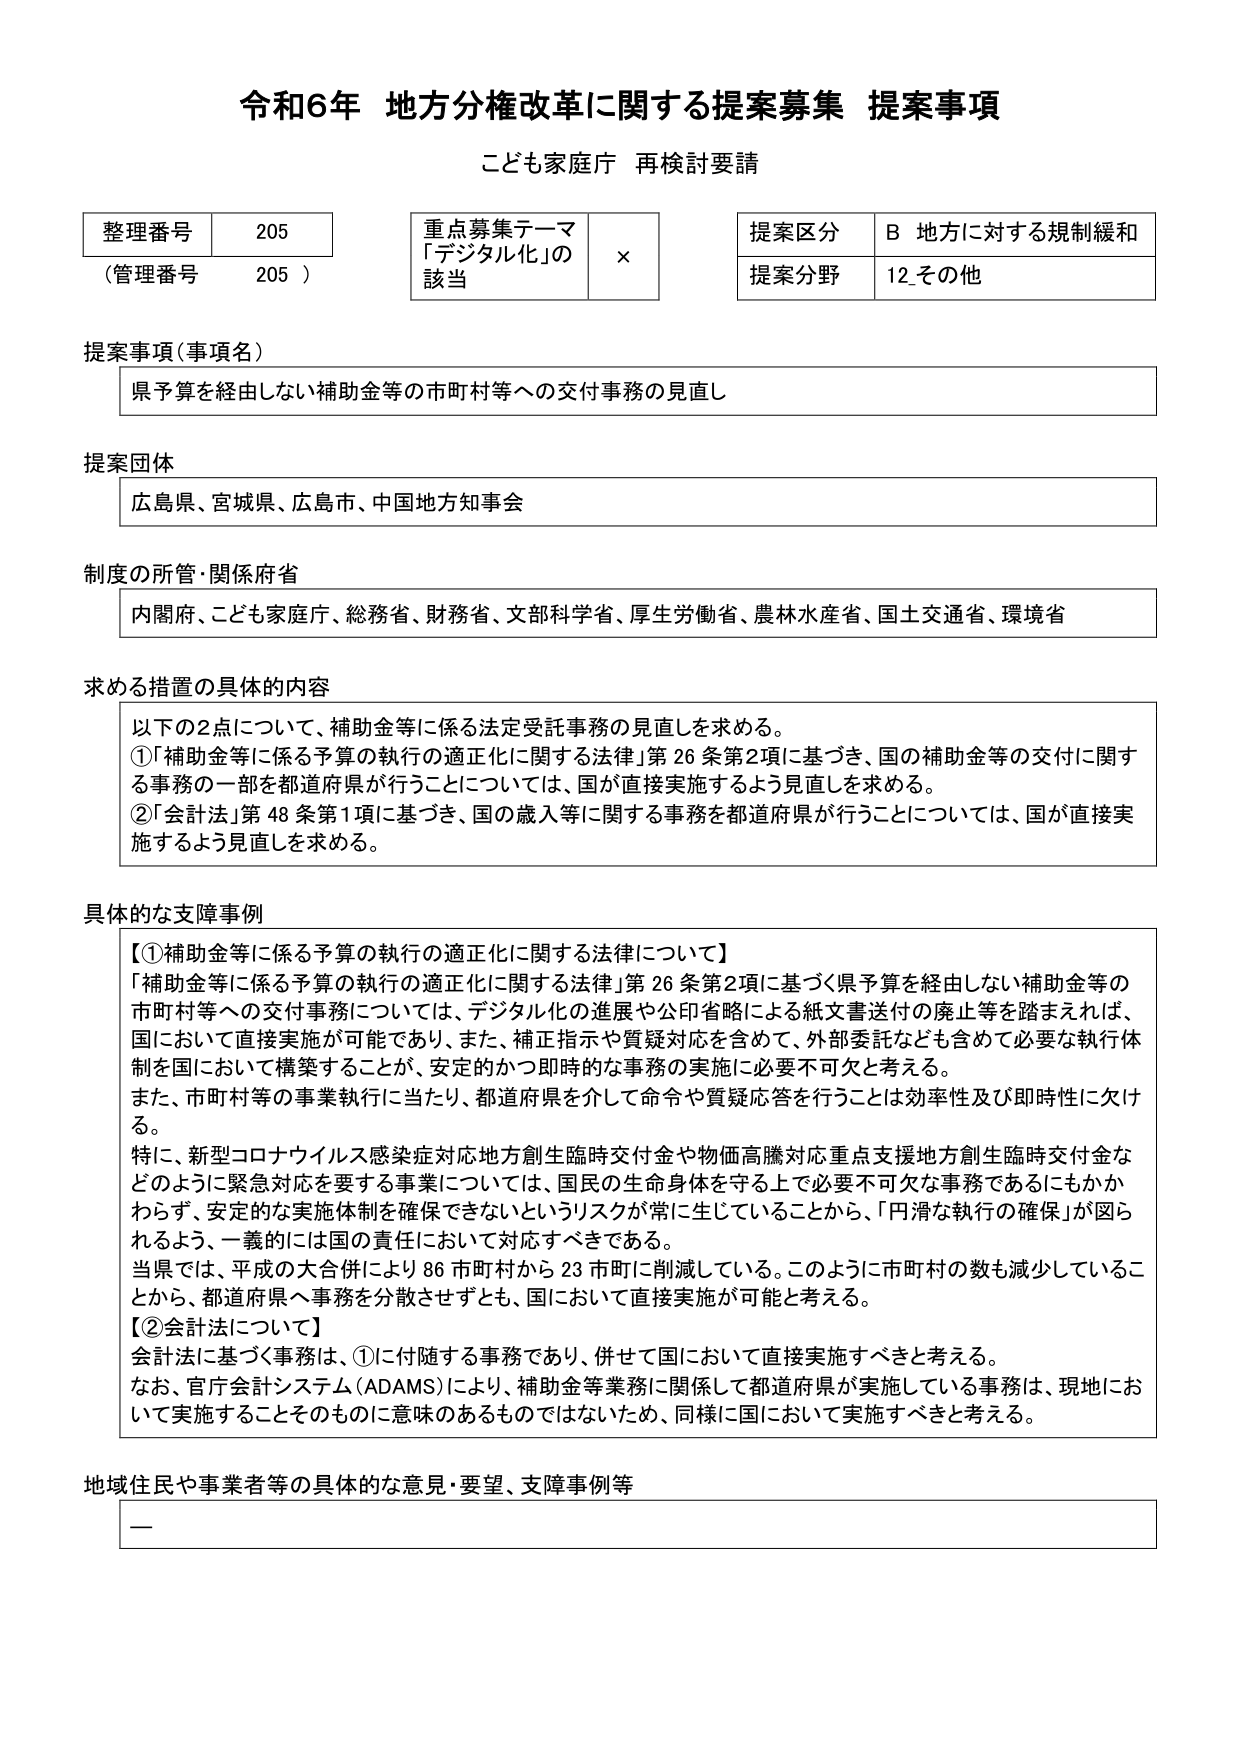
令和6年 地方分権改革に関する提案募集 提案事項
こども家庭庁 再検討要請

整理番号 205
（管理番号 205）

重点募集テーマ
「デジタル化」の
該当 ×

提案区分 B 地方に対する規制緩和
提案分野 12 その他

提案事項（事項名）
県予算を経由しない補助金等の市町村等への交付事務の見直し

提案団体
広島県、宮城県、広島市、中国地方知事会

制度の所管・関係府省
内閣府、こども家庭庁、総務省、財務省、文部科学省、厚生労働省、農林水産省、国土交通省、環境省

求める措置の具体的内容
以下の2点について、補助金等に係る法定受託事務の見直しを求める。
①「補助金等に係る予算の執行の適正化に関する法律」第26条第2項に基づき、国の補助金等の交付に関する事務の一部を都道府県が行うことについては、国が直接実施するよう見直しを求める。
②「会計法」第48条第1項に基づき、国の歳入等に関する事務を都道府県が行うことについては、国が直接実施するよう見直しを求める。

具体的な支障事例
【①補助金等に係る予算の執行の適正化に関する法律について】
「補助金等に係る予算の執行の適正化に関する法律」第26条第2項に基づく県予算を経由しない補助金等の市町村等への交付事務については、デジタル化の進展や公印省略による紙文書送付の廃止等を踏まえれば、国において直接実施が可能であり、また、補正指示や質疑対応を含めて、外部委託なども含めて必要な執行体制を国において構築することが、安定的かつ即時的な事務の実施に必要不可欠と考える。
また、市町村等の事業執行に当たり、都道府県を介して命令や質疑応答を行うことは効率性及び即時性に欠ける。
特に、新型コロナウイルス感染症対応地方創生臨時交付金や物価高騰対応重点支援地方創生臨時交付金などのように緊急対応を要する事業については、国民の生命身体を守る上で必要不可欠な事務であるにもかかわらず、安定的な実施体制を確保できないというリスクが常につきまとうことから、「円滑な執行の確保」が図られるよう、一義的には国の責任において対応すべきである。
当県では、平成の大合併により86市町村から23市町に削減している。このように市町村の数も減少していることから、都道府県へ事務を分散させずとも、国において直接実施が可能と考える。
【②会計法について】
会計法に基づく事務は、①に付随する事務であり、併せて国において直接実施すべきと考える。
なお、官庁会計システム（ADAMS）により、補助金等業務に関係して都道府県が実施している事務は、現地において実施することそのものに意味のあるものではないため、同様に国において実施すべきと考える。

地域住民や事業者等の具体的な意見・要望、支障事例等
—